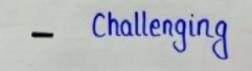
-        Challenging